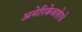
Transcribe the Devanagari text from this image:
अमेरिकेबाहेरचे